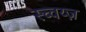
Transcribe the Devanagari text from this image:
स्च्वय्ज़